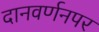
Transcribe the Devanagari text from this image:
दानवर्णनपर